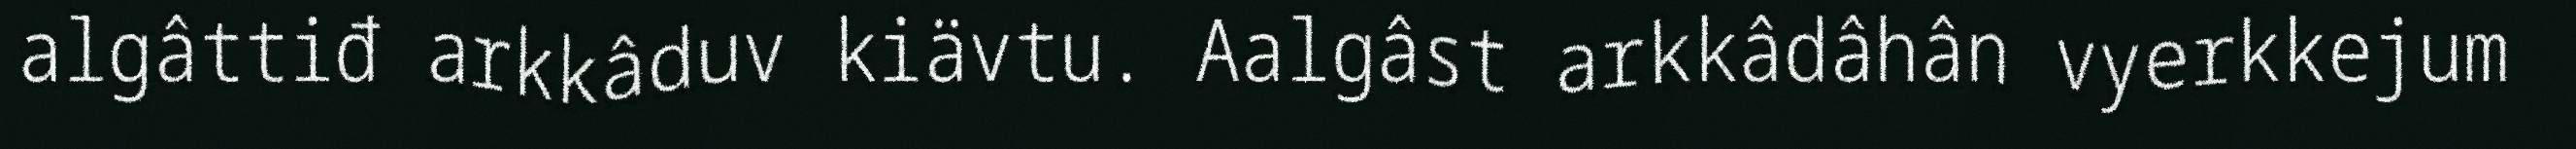
algâttiđ arkkâduv kiävtu. Aalgâst arkkâdâhân vyerkkejum